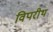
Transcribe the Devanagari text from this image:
विपरीथ